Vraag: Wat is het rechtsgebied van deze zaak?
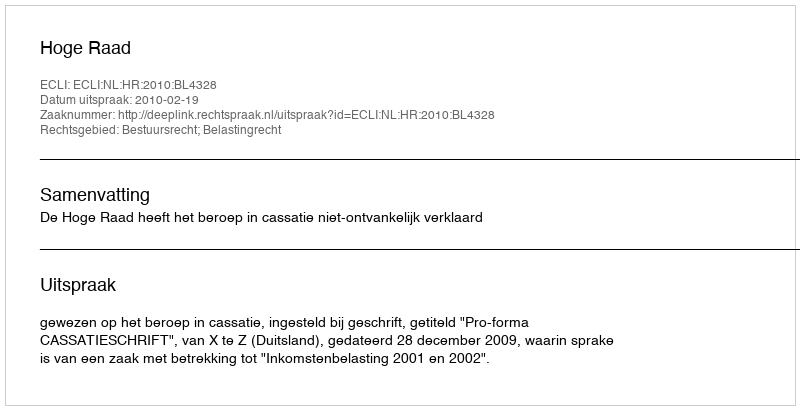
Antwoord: Bestuursrecht; Belastingrecht